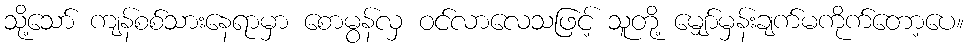
သို့သော် ကျန်စစ်သားနေရာမှာ စောမွန်လှ ဝင်လာလေသဖြင့် သူတို့ မျှော်မှန်းချက်မကိုက်တော့ပေ။